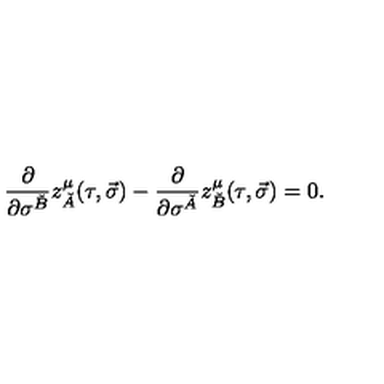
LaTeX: \frac { \partial } { \partial \sigma ^ { \check { B } } } z _ { \check { A } } ^ { \mu } ( \tau , \vec { \sigma } ) - \frac { \partial } { \partial \sigma ^ { \check { A } } } z _ { \check { B } } ^ { \mu } ( \tau , \vec { \sigma } ) = 0 .